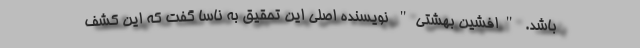
باشد. "افشین بهشتی" نویسنده اصلی این تحقیق به ناسا گفت که این کشف